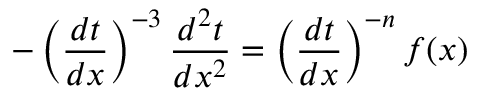
- \left( { \frac { d t } { d x } } \right) ^ { - 3 } { \frac { d ^ { 2 } t } { d x ^ { 2 } } } = \left( { \frac { d t } { d x } } \right) ^ { - n } f ( x )